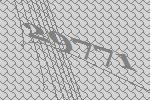
29771